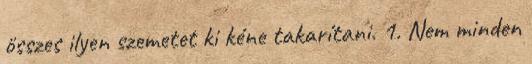
összes ilyen szemetet ki kéne takarítani. 1. Nem minden